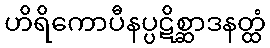
ဟိရိကောပီနပ္ပဋိစ္ဆာဒနတ္ထံ